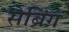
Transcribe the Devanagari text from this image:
सेब्रिंग